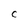
Character: c